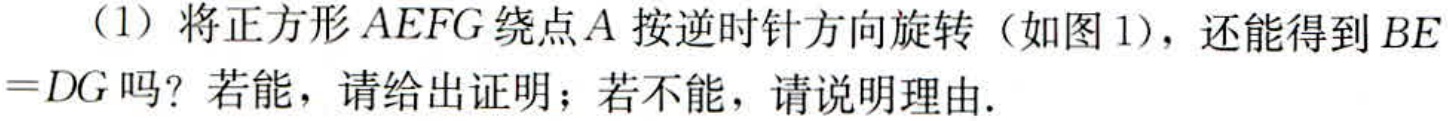
（1）将正方形\(AEFG\)绕点\(A\)按逆时针方向旋转（如图 1），还能得到\(BE = DG\)吗？若能，请给出证明；若不能，请说明理由.